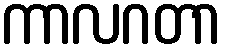
ကာလဂတာ